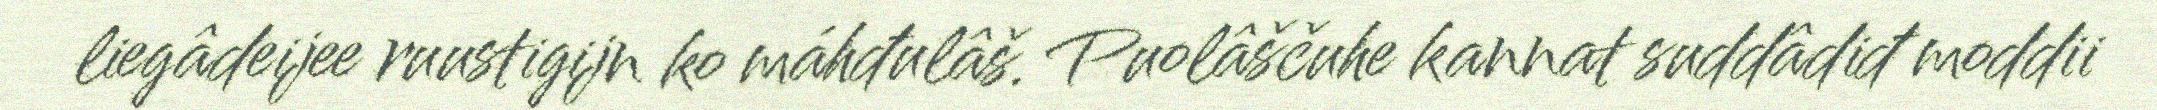
liegâdeijee ruustigijn ko máhđulâš. Puolâščuhe kannat suddâdiđ moddii